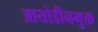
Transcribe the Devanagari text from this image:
आयोडीनमुक्त